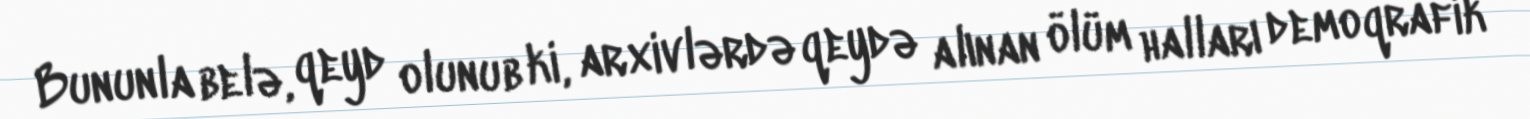
Bununla belə, qeyd olunub ki, arxivlərdə qeydə alınan ölüm halları demoqrafik